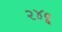
૨૪૦ૢ